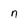
Character: n